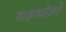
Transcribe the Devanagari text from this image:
सहभोजों